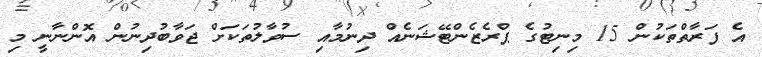
އެ ފަރާތްތަކުން 15 މިނިޓުގެ ޕްރެޒެންޓޭޝަނެއް ދިނުމާއި ސުވާލުތަކަށް ޖަވާބުދިނުން އޮންނާނީ މި